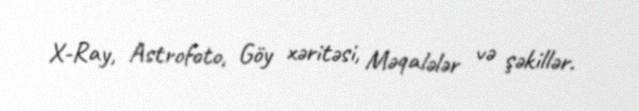
X-Ray, Astrofoto, Göy xəritəsi, Məqalələr və şəkillər.